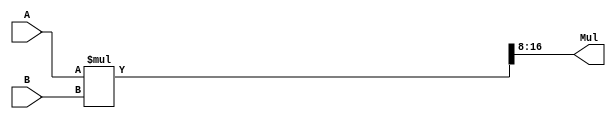
`define bits 9
module Mul(A, B, Mul);
	input signed [`bits-1:0] A, B; 
	output [`bits-1:0] Mul;
	wire s;
	wire [7:0] N;
	assign {s, Mul, N} = A * B;
endmodule